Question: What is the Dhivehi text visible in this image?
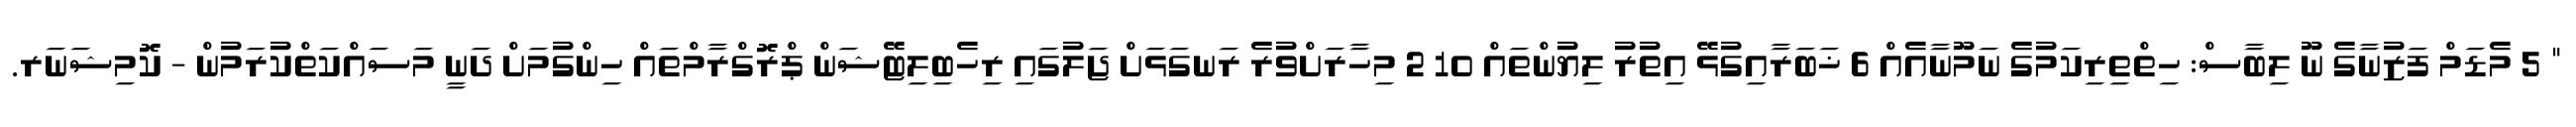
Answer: " 5 މެޑަމް ފަޒުނާގެ ނޫ ލިބާސް: ހިތްތިރިކަމުގެ ނަމޫނާއެއް 6 ޚަބަރާއިގުޅޭ އިތުރު ލިޔުންތައް 10 2 މިހާރަށްވުރެ ރަނގަޅަށް ޖަލުގައި ރިހެބިލިޓޭޝަން ޕްރޮގްރާމްތައް ހިންގުމަށް ދަނީ މަސައްކަތްކުރަމުން - ކޮމިޝަނަރ.